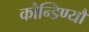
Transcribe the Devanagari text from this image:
कौन्डिण्यौ